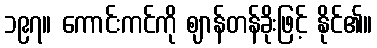
၁၉၇။ ကောင်းကင်ကို ဈာန်တန်ခိုးဖြင့် နိုင်၏။